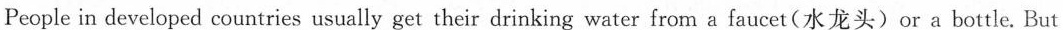
People in developed countries usually get their drinking water from a faucet(水龙头)or a bottle. But